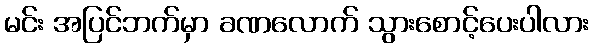
မင်း အပြင်ဘက်မှာ ခဏလောက် သွားစောင့်ပေးပါလား